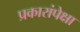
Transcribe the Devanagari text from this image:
प्रकारांपेक्षा